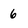
Character: 6